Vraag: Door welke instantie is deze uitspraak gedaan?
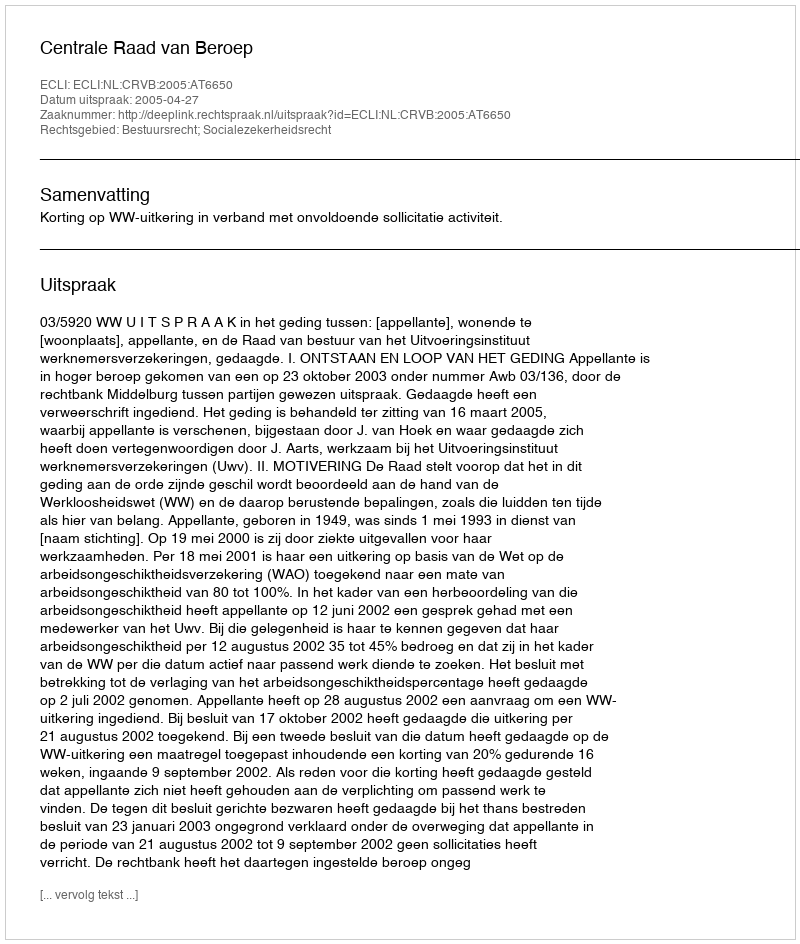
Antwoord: Centrale Raad van Beroep